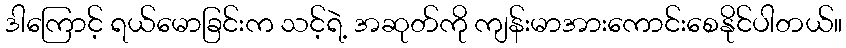
ဒါကြောင့် ရယ်မောခြင်းက သင့်ရဲ့ အဆုတ်ကို ကျန်းမာအားကောင်းစေနိုင်ပါတယ်။